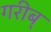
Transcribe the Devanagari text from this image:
गरीब्